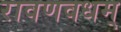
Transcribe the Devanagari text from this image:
रावणवधम्